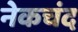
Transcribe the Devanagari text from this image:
नेकचंद